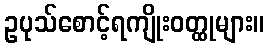
ဥပုသ်စောင့်ရကျိုးဝတ္ထုများ။